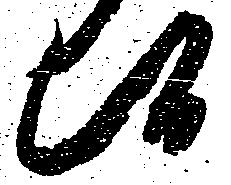
候